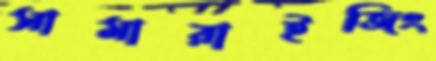
সামারাইজিং